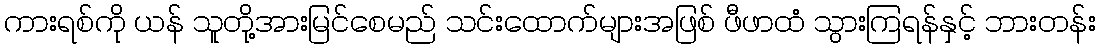
ကားရစ်ကို ယန် သူတို့အားမြင်စေမည် သင်းထောက်များအဖြစ် ဖီဖာထံ သွားကြရန်နှင့် ဘားတန်း